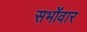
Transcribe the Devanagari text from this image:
सभोंवार